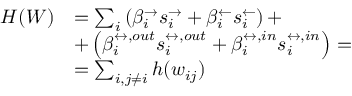
\begin{array} { r l } { H ( W ) } & { = \sum _ { i } \left( \beta _ { i } ^ { \rightarrow } s _ { i } ^ { \rightarrow } + \beta _ { i } ^ { \leftarrow } s _ { i } ^ { \leftarrow } \right) + } \\ & { + \left( \beta _ { i } ^ { \leftrightarrow , o u t } s _ { i } ^ { \leftrightarrow , o u t } + \beta _ { i } ^ { \leftrightarrow , i n } s _ { i } ^ { \leftrightarrow , i n } \right) = } \\ & { = \sum _ { i , j \neq i } h ( w _ { i j } ) } \end{array}